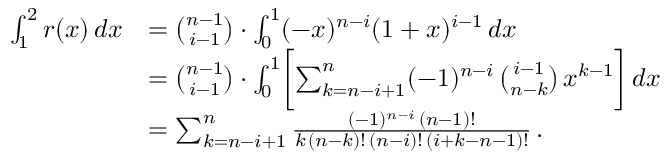
\begin{array} { r l } { \int _ { 1 } ^ { 2 } r ( x ) \, d x } & { = \binom { n - 1 } { i - 1 } \cdot \int _ { 0 } ^ { 1 } ( - x ) ^ { n - i } ( 1 + x ) ^ { i - 1 } \, d x } \\ & { = \binom { n - 1 } { i - 1 } \cdot \int _ { 0 } ^ { 1 } \biggl [ \sum _ { k = n - i + 1 } ^ { n } ( - 1 ) ^ { n - i } \, \binom { i - 1 } { n - k } \, x ^ { k - 1 } \biggr ] \, d x } \\ & { = \sum _ { k = n - i + 1 } ^ { n } \frac { ( - 1 ) ^ { n - i } \, ( n - 1 ) ! } { k \, ( n - k ) ! \, ( n - i ) ! \, ( i + k - n - 1 ) ! } \, . } \end{array}